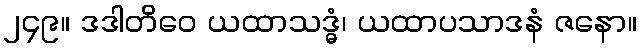
၂၄၉။ ဒဒါတိဝေ ယထာသဒ္ဓံ၊ ယထာပသာဒနံ ဇနော။